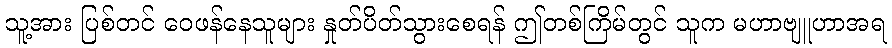
သူ့အား ပြစ်တင် ဝေဖန်နေသူများ နှုတ်ပိတ်သွားစေရန် ဤတစ်ကြိမ်တွင် သူက မဟာဗျူဟာအရ